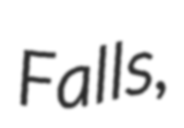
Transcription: Falls,